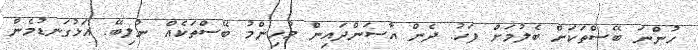
ހުންނަ ބޭސްތަކަށް ބެލުމަށް ފަހު. ދެން އާސަންދައިން މުހިންމު ބޭސްތަކެއް ނުލިބޭ. އަޅުގަނޑުމެން